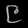
Digit: ၉